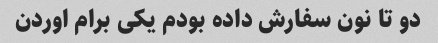
دو تا نون سفارش داده بودم یکی برام اوردن